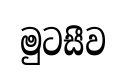
මුටසීව